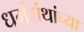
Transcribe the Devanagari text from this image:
धर्मग्रंथांच्या